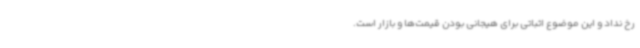
رخ نداد و این موضوع اثباتی برای هیجانی ‌بودن قیمت‌ها و بازار است.